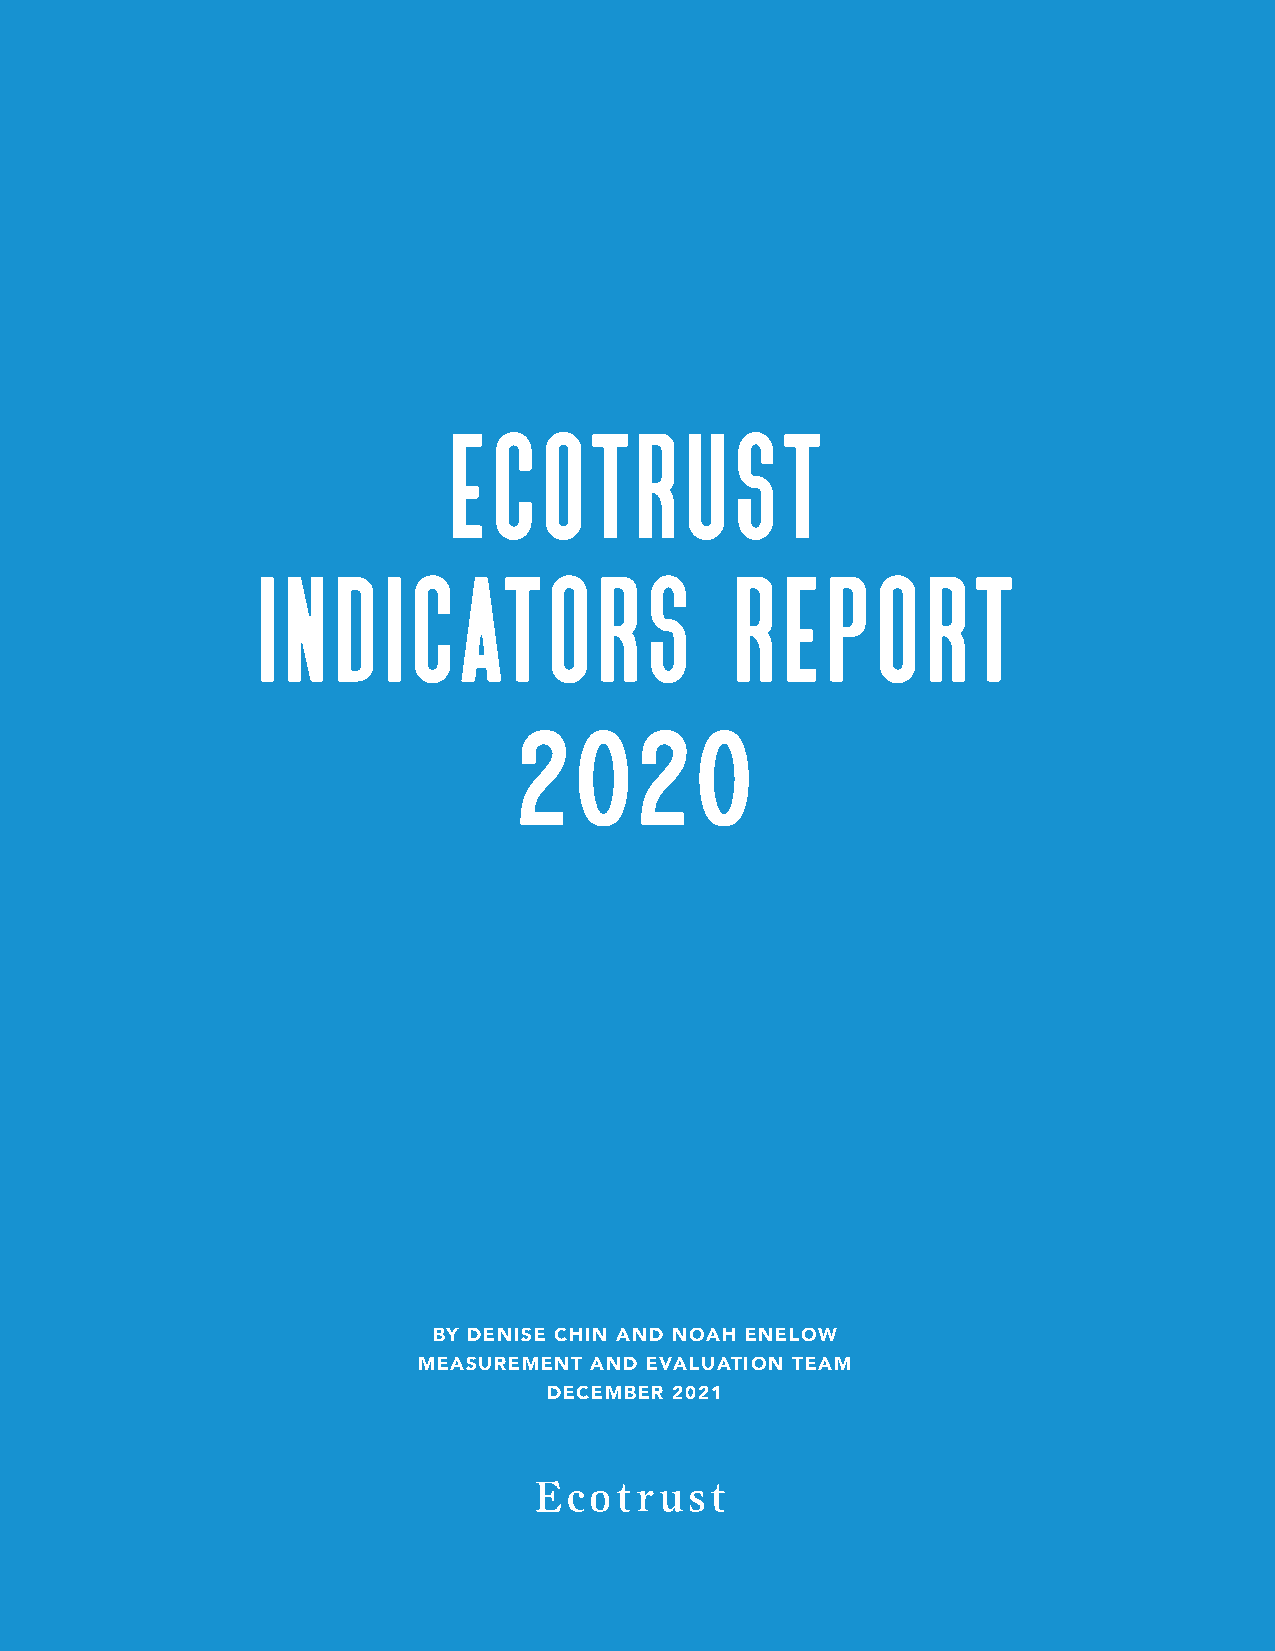
ecotrust
 indicators                     report
 2020
 BY DENISE CHIN AND NOAH ENELOW
 MEASUREMENT AND EVALUATION TEAM
 DECEMBER 2021